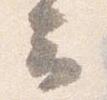
云